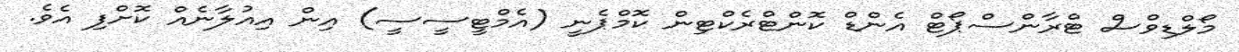
މޯލްޑިވްސް ޓްރާންސްޕޯޓް އެންޑް ކޮންޓްރެކްޓިން ކޮމްޕެނީ (އެމްޓީސީސީ) އިން އިއުލާނެއް ކޮށްފި އެވެ.